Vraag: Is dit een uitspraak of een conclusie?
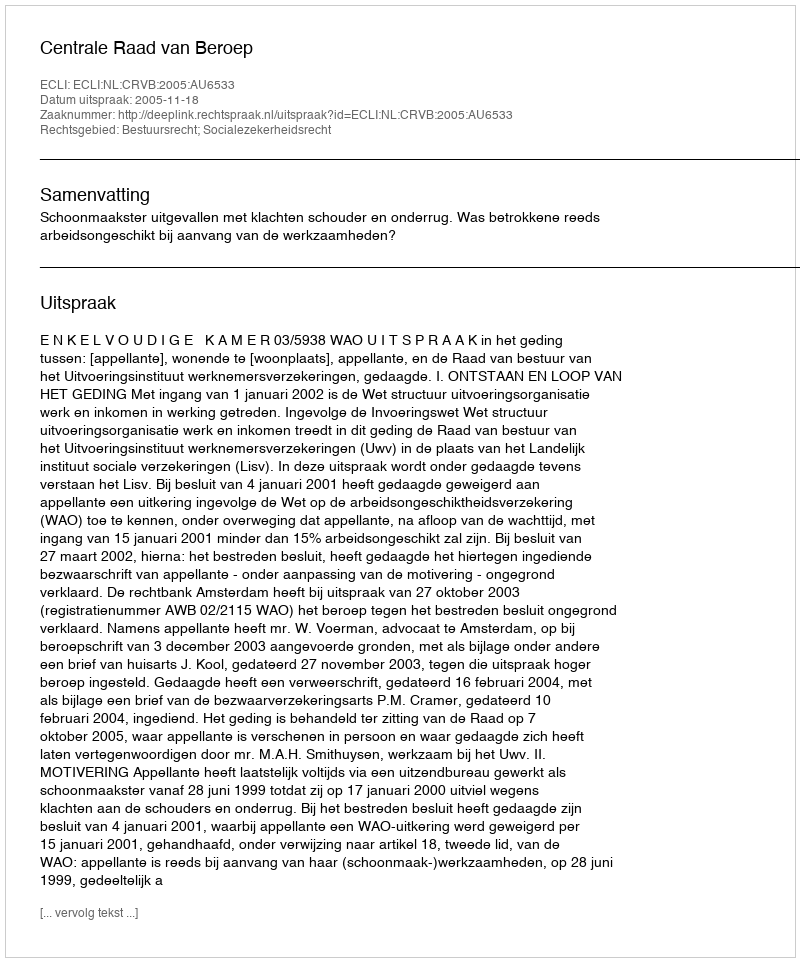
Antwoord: Uitspraak